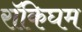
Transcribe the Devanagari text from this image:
रॉकिघम